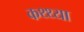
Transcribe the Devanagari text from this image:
कथ्थ्या